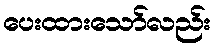
ပေးထားသော်လည်း